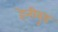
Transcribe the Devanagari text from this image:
हेन्‍रीवुड